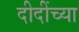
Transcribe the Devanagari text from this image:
दीदींच्या